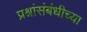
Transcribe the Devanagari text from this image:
प्रश्नांसंबंधीच्या